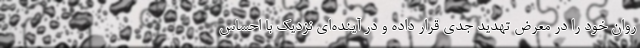
روان خود را در معرض تهدید جدی قرار داده و در آینده‌ای نزدیک با احساس